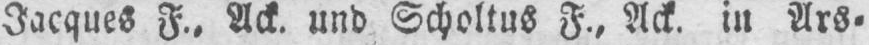
Jacques F.‚ Ack. und Scholtus F., Ack. in Ars⸗